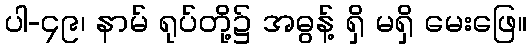
ပါ-၄၉၊ နာမ် ရုပ်တို့၌ အဓွန့် ရှိ မရှိ မေးဖြေ။